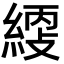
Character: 䌄